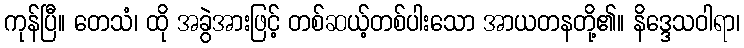
ကုန်ပြီ။ တေသံ၊ ထို အခွဲအားဖြင့် တစ်ဆယ့်တစ်ပါးသော အာယတနတို့၏။ နိဒ္ဒေသဝါရာ၊